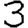
Digit: 3